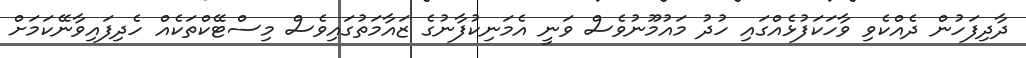
ދާދިފަހުން ދެއްކެވި ވާހަކަފުޅެއްގައި ހުދު މައުމޫނުވެސް ވަނީ އެމަނިކުފާނުގެ ޒައާމަތުގައިވެސް މިސްޓޭކްތަކެއް ހެދިފައިވާނޭކަމަށް